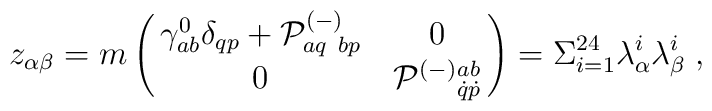
z_{\alpha\beta}= m\pmatrix{ \gamma^{0}_{ab}\delta_{qp} + {\cal P}^{(-)}_{aq ~bp} & 0 \cr 0 & {\cal P}^{(-)}{}^{ab}_{\dot{q}\dot{p}} }=\Sigma_{i=1}^{24}\lambda_\alpha^i \lambda_\beta^i  \; ,